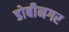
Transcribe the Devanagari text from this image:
डोबीनगर